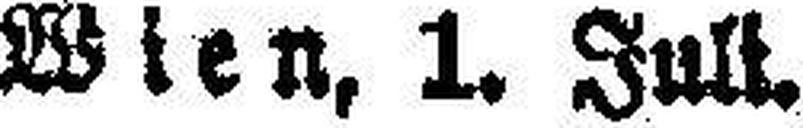
Wien, 1. Juli.